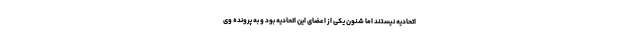
اتحادیه نیستند اما شنون یکی از اعضای این اتحادیه بود و به پرونده وی